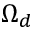
\Omega _ { d }